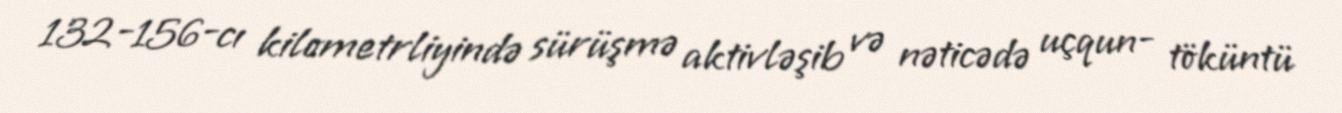
132-156-cı kilometrliyində sürüşmə aktivləşib və nəticədə uçqun- töküntü